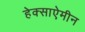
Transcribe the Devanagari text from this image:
हेक्साऐमीन